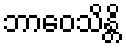
ဘာဝေသိန္တိ